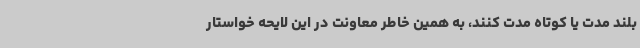
بلند مدت یا کوتاه مدت کنند، به همین خاطر معاونت در این لایحه خواستار